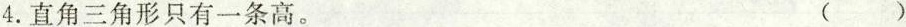
4.直角三角形只有一条高。 ()